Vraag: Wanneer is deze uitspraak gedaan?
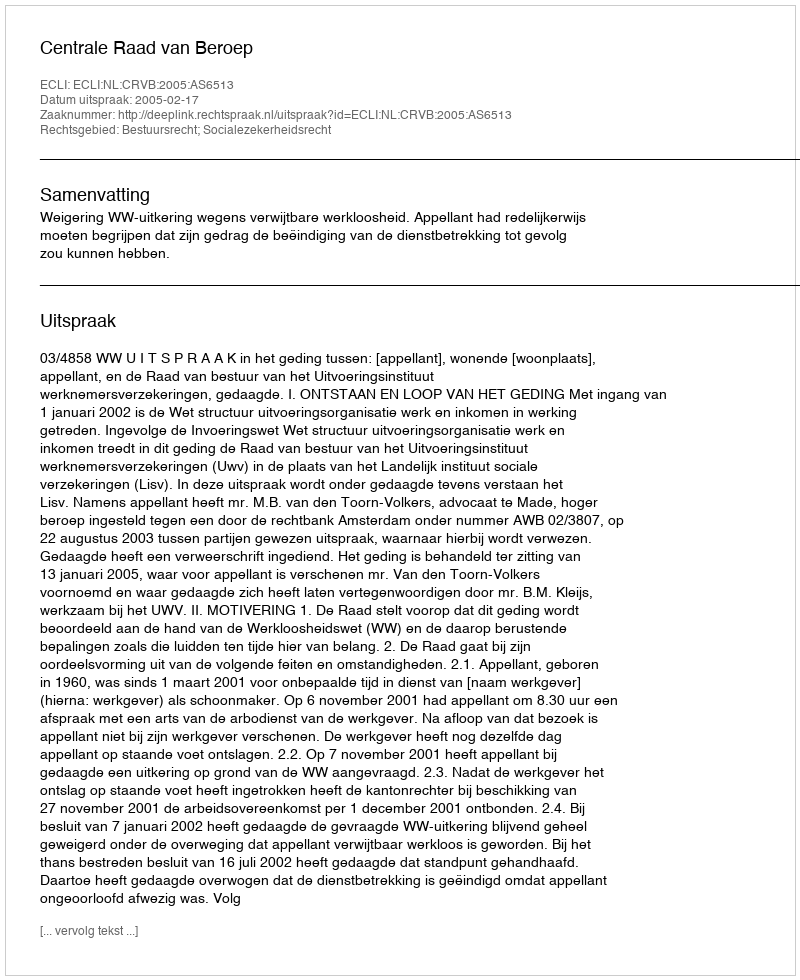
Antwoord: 2005-02-17